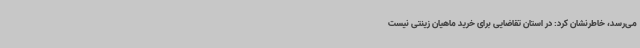
می‌رسد، خاطرنشان کرد: در استان تقاضایی برای خرید ماهیان زینتی نیست